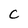
Character: C